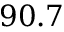
9 0 . 7